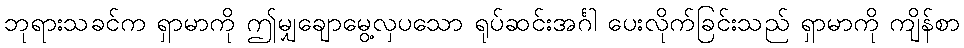
ဘုရားသခင်က ရှာမာကို ဤမျှချောမွေ့လှပသော ရုပ်ဆင်းအင်္ဂါ ပေးလိုက်ခြင်းသည် ရှာမာကို ကျိန်စာ